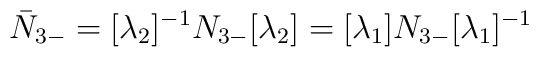
\bar{N}_{3-}=[\lambda_{2}]^{-1}N_{3-}[\lambda_{2}]=[\lambda_{1}]N_{3-}[\lambda_{1}]^{-1}